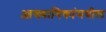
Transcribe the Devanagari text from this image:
आख्यायिकांमधील